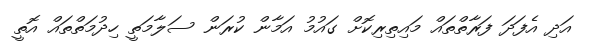
އަދި އެފަދަ ފަރާތްތައް މައިތިރިކޮށް ގައުމު އަމާން ކުރަން ސަލާމަތީ ހިދުމަތްތައް އޮތީ